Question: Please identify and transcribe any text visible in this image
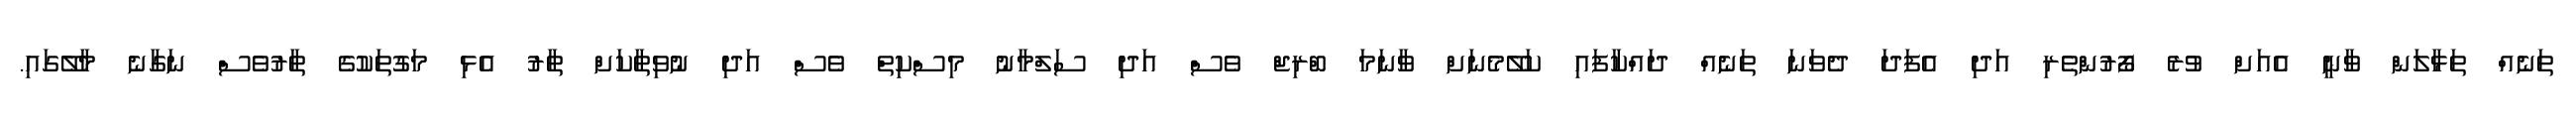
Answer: ތަނެއް ތަޅާލަން ވާނީ އެއަށް ވުރެ ފޯރުންތެރި އަދި އެފަދަ ދެވަނަ ތަނެއް ދައްކާފައި ކަލޭމެނަށް ވާނަމަ ބްރިޖް ވެސް އަދި ސަލްމާނު މިސްކިތް ވެސް އަދި ނުވިތާކަށް ތާރު އެޅި މަގުތަކުގެ ތާރުވެސް ނަގާނެ މާލޭގައި.